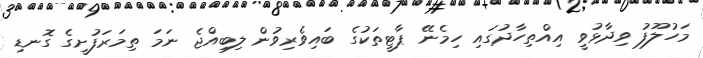
މަހުލޫފު ވިދާޅުވީ އިއްތިހާދުގައި ހިމެނޭ ޕާޓީތަކުގެ ބައިވެރިވުން ލިބިއްޖެ ނަމަ ތިމަރަފުށީގެ ގޮނޑި